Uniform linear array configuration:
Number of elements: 24
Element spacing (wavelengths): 0.75
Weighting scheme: hamming
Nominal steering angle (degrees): -15
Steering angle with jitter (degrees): -13.75
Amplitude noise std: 0.05
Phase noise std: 0.05

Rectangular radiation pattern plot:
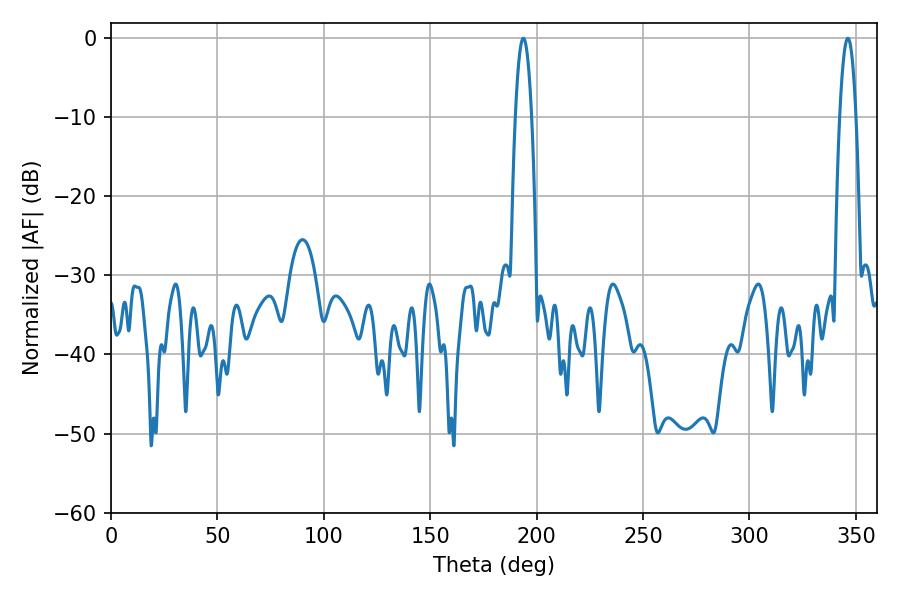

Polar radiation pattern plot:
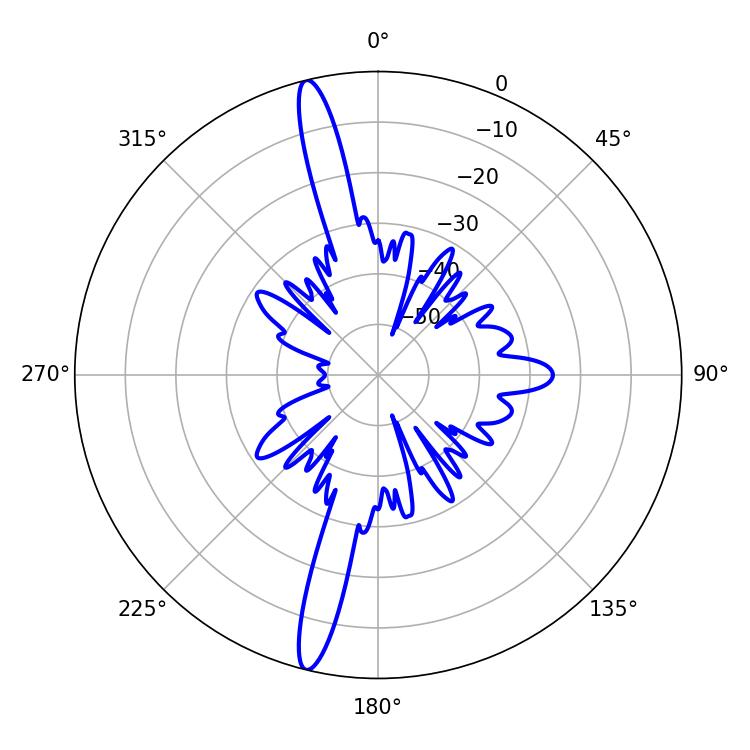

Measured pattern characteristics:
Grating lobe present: TRUE
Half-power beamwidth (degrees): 4.14
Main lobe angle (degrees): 193.68